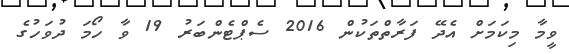
ވީމާ މިކަމަށް އެދޭ ފަރާތްތަކުން 2016 ސެޕްޓެންބަރު 19 ވާ ހޯމަ ދުވަހުގެ